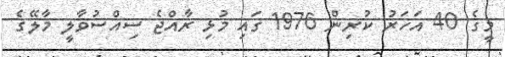
މީގެ 40 އަހަރު ކުރިން 1976 ގައި މުޅި ރާއްޖެ ސިއްސުވާލީ މާލޭގެ